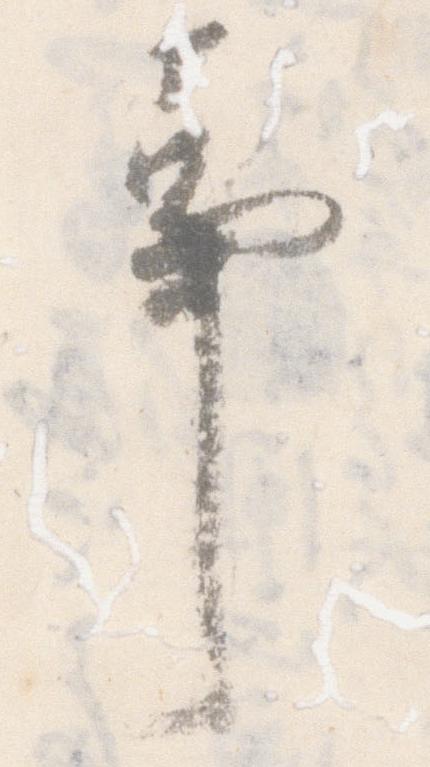
事